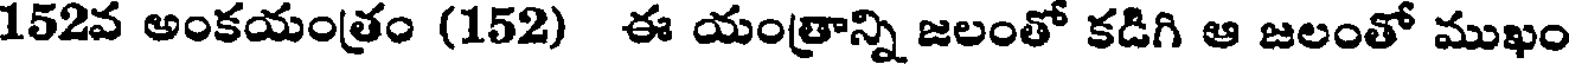
152వ అంకయంత్రం (152) ఈ యంత్రాన్ని జలంతో కడిగి ఆ జలంతో ముఖం